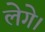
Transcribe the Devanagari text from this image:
लेगे।